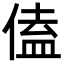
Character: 𪝙